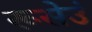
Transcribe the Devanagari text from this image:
रूसेउं